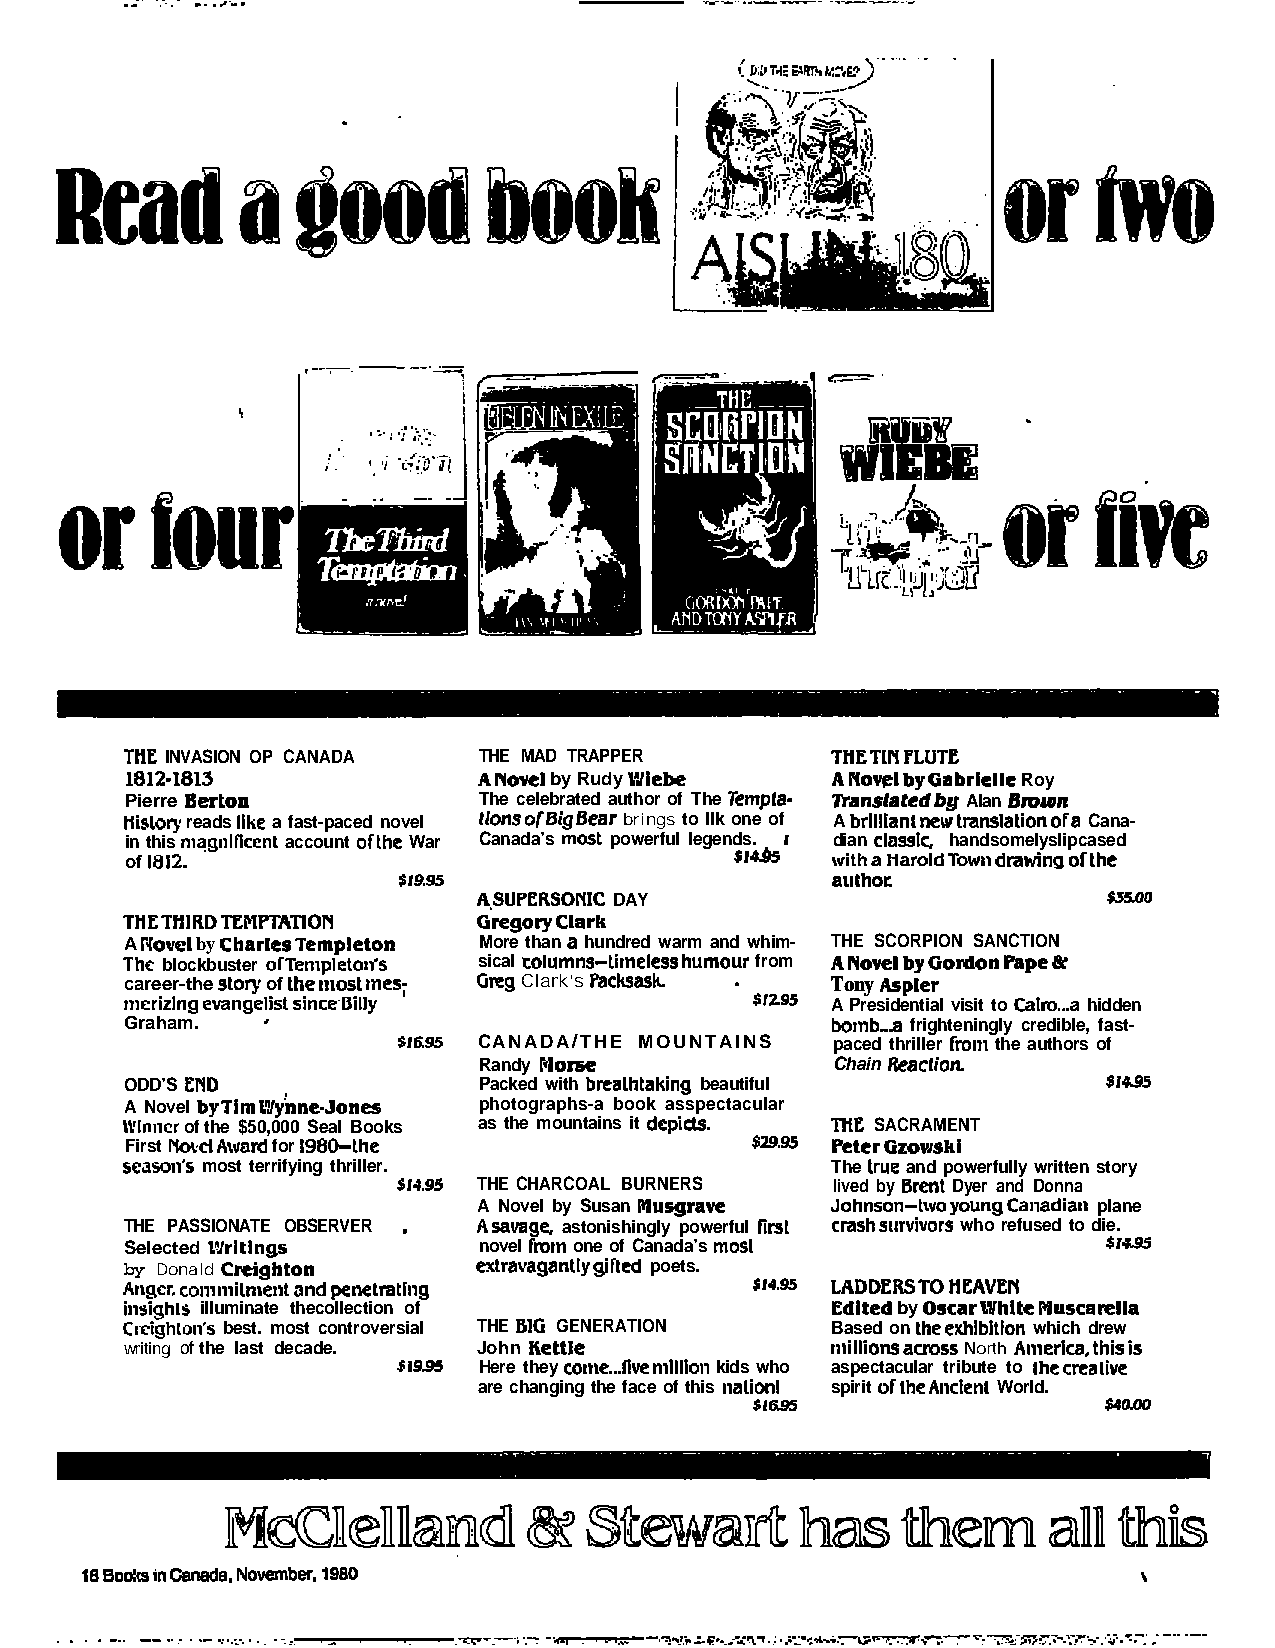
THE INVASION OP CANADA  THE MAD TRAPPER        TIIETIN PLUTE
 1812-1813               ANovel by Rudy Wiebe   ANovel byGabrielle Roy
 Pierre Berton           The celebrated author of The Templa- 2Yanslaled bg Alan Bmourn
 Hisloy reads like a fast-paced novel lions ofBig Bear brings to Ilk one of A brllllant newtranslalion ofa Cana-
 in this mqgnlflcent account ofthe War Canada’s most powerful legends. I dian classic, handsomelyslipcased
 of 1812.                                 SM.65 witha HaroldTown dtawinoofthe
 A,SUPERSONlC DAY
 TAETliIRDTEMPTATlON     oregory Clark
 A Novel by CharlesTempleton More than a hundred warm and whim- THE SCORPION SANCTION
 The blockbuster olTempleton’s sical cotumns-timeless humour from ANowl byGordon P’ape&
 career-the story of lhe most mes; Greg Clark’s Packsash. . Tony Aspler
 mcrizlngevangelist sinceBilly             SIZS A Presidential visit to Calm...a hidden
 Graham.   ’                                    bomb...a frighteningly credible, fast-
 CANADA/THE MOUNTAINS   paced thriller from the authors of
 Randy Morse            Chain Reaclion.
 ODD’S END               Packed with brealhtaking beautiful       9,495
 A Novel byTim WyJyhne-Jones photographs-a book asspectacular
 Whwcr of the $50,000 Seal Books as the mountains it depids. THE SACRAMENT
 First NowI Award for 1980-the                  PeterGzowskl
 season’s most terrifying thriller.             The hue and powerfully written story
 THE CHARCOAL BURNERS   lived by Bra1 Dyer and Donna
 A Novel by Susan Flusgrave Johnson-twoyoungcanadiaa plane
 THE PASSIONATE OBSERVER . Asavage, astonishingly powerful tirst crashsurvivors who refused to die.
 Selected WrlHng+        novel from one of Canada’s mosl
 by Donald Creighton     ertravaganllygifted poets.
 An?cr. commilment and penetrating         $14.95 LADDERSTO HEAVEN
 inslghts illuminate thecollection of           Edked by OscarWhIte Muscarella
 Cwighton’s best. most controversial THE BIG GENERATION Based on theexhlbltlon which drew
 writing of the last decade. John Kettle        millionsacross North Aniertca, thisis
 .$199?1 Here they wn~e...llw mllllon kids who aspectacular tribute to thecreative
 are changing the face of this nalionl spirit of the Ancient World.
 rra